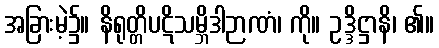
အခြားမဲ့၌။ နိရုတ္တိပဋိသမ္ဘိဒါဉာဏံ၊ ကို။ ဥဒ္ဒိဋ္ဌာနိ၊ ၏။